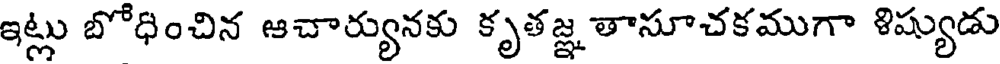
ఇట్లు బోధించిన ఆచార్యునకు కృతజ్ఞ తాసూచకముగా శిష్యుడు